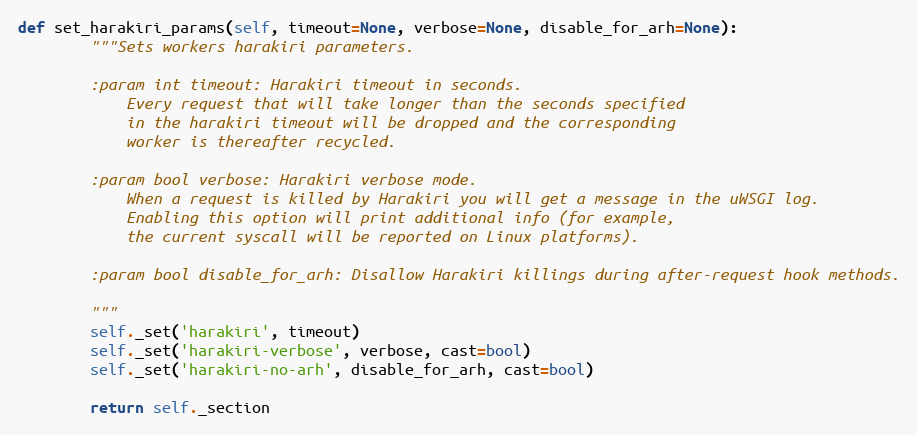
Language: Python
def set_harakiri_params(self, timeout=None, verbose=None, disable_for_arh=None):
        """Sets workers harakiri parameters.

        :param int timeout: Harakiri timeout in seconds.
            Every request that will take longer than the seconds specified
            in the harakiri timeout will be dropped and the corresponding
            worker is thereafter recycled.

        :param bool verbose: Harakiri verbose mode.
            When a request is killed by Harakiri you will get a message in the uWSGI log.
            Enabling this option will print additional info (for example,
            the current syscall will be reported on Linux platforms).

        :param bool disable_for_arh: Disallow Harakiri killings during after-request hook methods.

        """
        self._set('harakiri', timeout)
        self._set('harakiri-verbose', verbose, cast=bool)
        self._set('harakiri-no-arh', disable_for_arh, cast=bool)

        return self._section